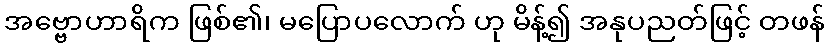
အဗ္ဗောဟာရိက ဖြစ်၏၊ မပြောပလောက် ဟု မိန့်၍ အနုပညတ်ဖြင့် တဖန်